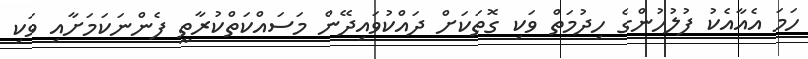
ހަމަ އެއާއެކު ފުލުހުންގެ ހިދުމަތް ވަކި ގޮތަކަށް ދައްކުވައިދޭން މަސައްކަތްކުރާތީ ފެންނަކަމަށާއި ވަކި